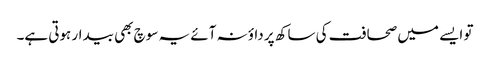
تو ایسے میں صحافت کی ساکھ پر داؤ نہ آئے یہ سوچ بھی بیدار ہوتی ہے۔